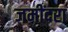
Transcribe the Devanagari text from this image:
जमींदरा